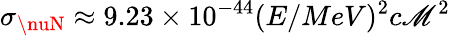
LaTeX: \sigma_{\nuN}\approx9.23\times10^{-44}(E/MeV)^{2}c\mathscr{M}^{2}